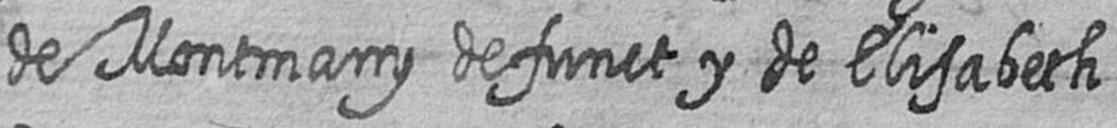
de Montmany defunct y de Elisabeth